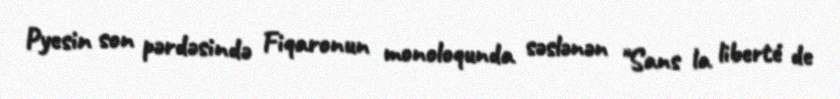
Pyesin son pərdəsində Fiqaronun monoloqunda səslənən "Sans la liberté de